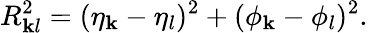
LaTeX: R_{\mathbf{k}l}^{2}=(\eta_{\mathbf{k}}-\eta_{l})^{2}+(\phi_{\mathbf{k}}-\phi_{l})^{2}.